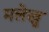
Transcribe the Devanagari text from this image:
मलेखु